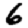
Digit: 6